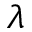
\lambda